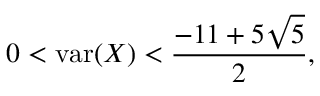
0 < \operatorname { v a r } ( X ) < { \frac { - 1 1 + 5 { \sqrt { 5 } } } { 2 } } ,